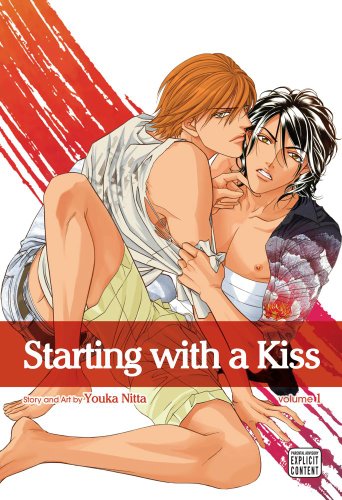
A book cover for Starting with a Kiss, Vol. 1 (Yaoi Manga) (Kiss Ariki); Youka Nitta; Comics & Graphic Novels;